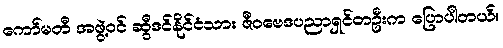
ကော်မတီ အဖွဲ့ဝင် ဆွီဒင်နိုင်ငံသား ဇီဝဗေဒပညာရှင်တဦးက ပြောပါတယ်။